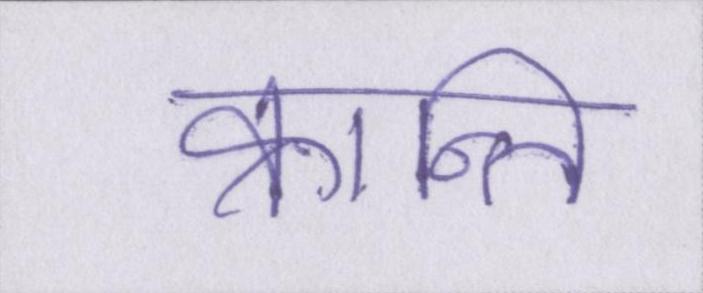
क्रान्ति